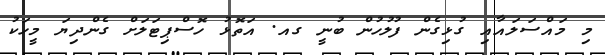
މި މައްސަލައާއި ގުޅިގެން ފުލުހުން ބުނީ ގއ. އަތޮޅު ހޮސްޕިޓަލަށް ގެންދިޔަ މީހަކު